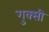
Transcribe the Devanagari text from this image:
गुक्सी